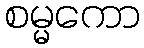
စမ္မကော